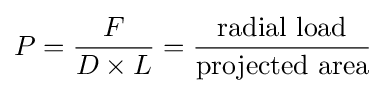
P={\frac {F}{D\times L}}={\frac {\mathrm {radial\ load} }{\mathrm {projected\ area} }}